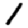
Digit: 1